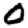
Digit: 0